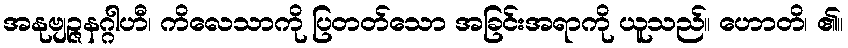
အနုဗျဉ္ဇနဂ္ဂါဟီ၊ ကိလေသာကို ပြတတ်သော အခြင်းအရာကို ယူသည်။ ဟောတိ၊ ၏။